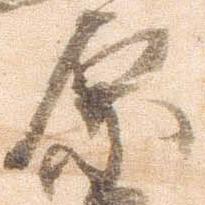
原